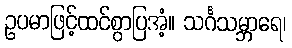
ဥပမာဖြင့်ထင်စွာပြအံ့။ သင်္ဂသမ္ဘာရေ၊